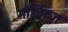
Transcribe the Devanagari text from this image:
गोर्लित्ज़